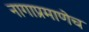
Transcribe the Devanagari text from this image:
नागाप्रमाणेच